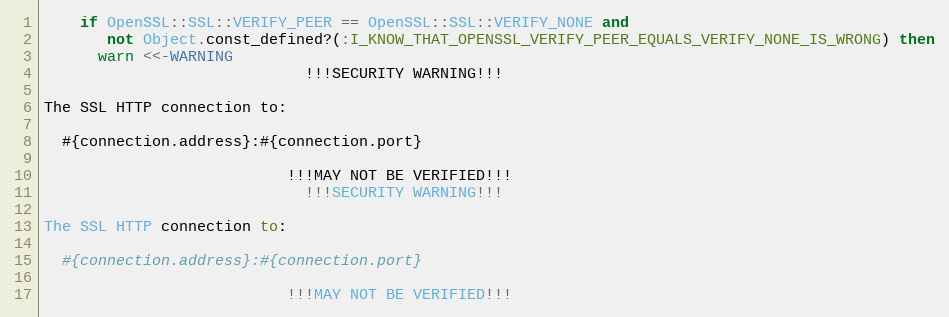
Language: Ruby
    if OpenSSL::SSL::VERIFY_PEER == OpenSSL::SSL::VERIFY_NONE and
       not Object.const_defined?(:I_KNOW_THAT_OPENSSL_VERIFY_PEER_EQUALS_VERIFY_NONE_IS_WRONG) then
      warn <<-WARNING
                             !!!SECURITY WARNING!!!

The SSL HTTP connection to:

  #{connection.address}:#{connection.port}

                           !!!MAY NOT BE VERIFIED!!!